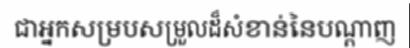
ជាអ្នកសម្របសម្រួលដ៏សំខាន់នៃបណ្តាញ